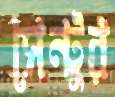
সেন্টুর